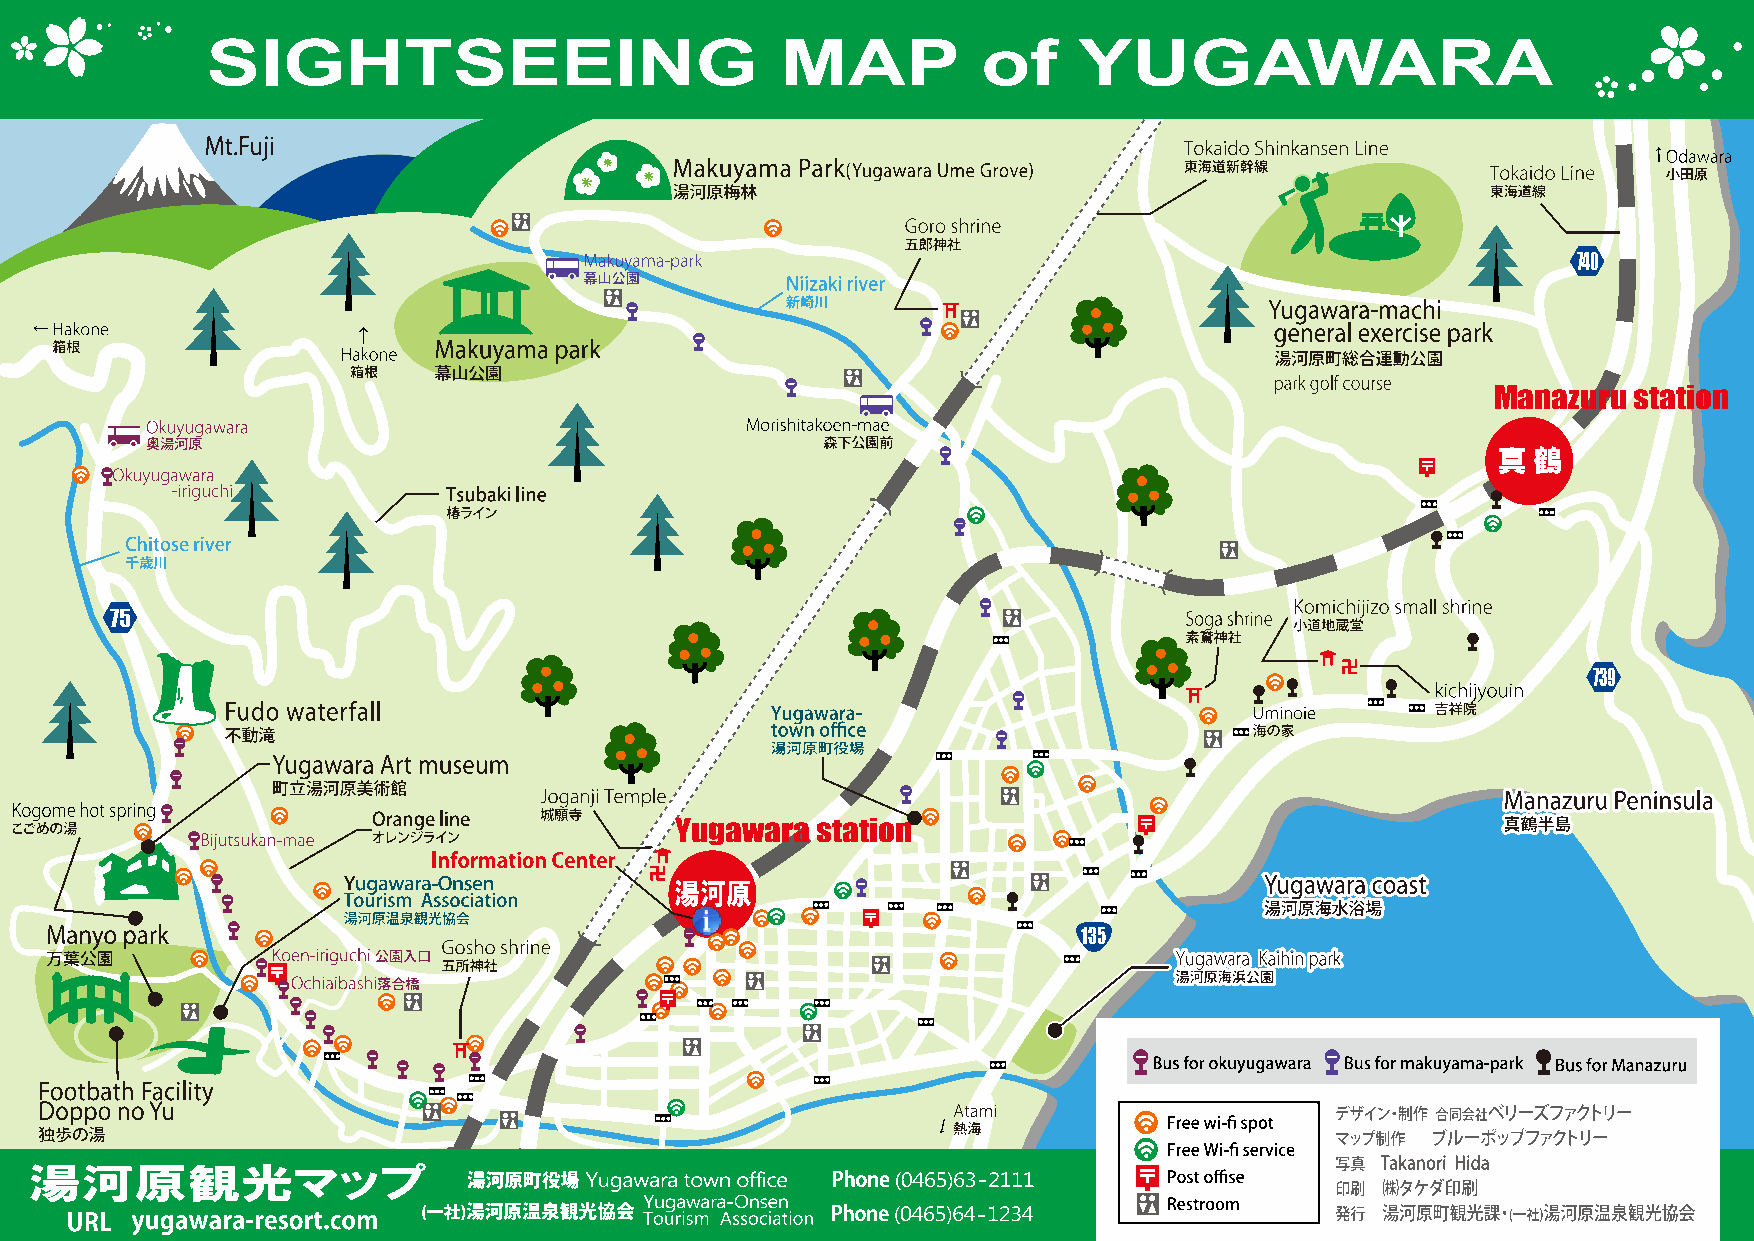
SIGHTSEEING                           MAP          of    YUGAWARA
 740
 Manazuru station
 真鶴
 75
 739
 Yugawara station
 湯河原
 135